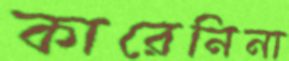
কারেনিনা